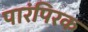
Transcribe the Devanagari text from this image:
पारंपिरक